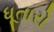
ધૂતારો